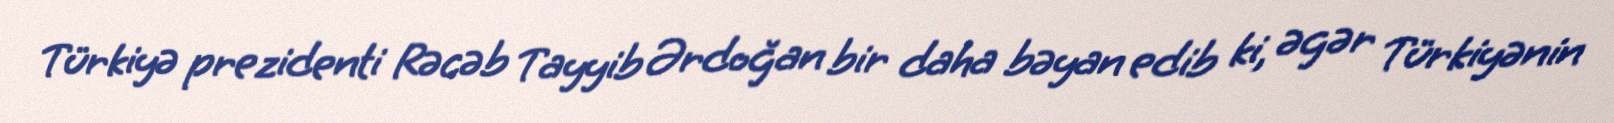
Türkiyə prezidenti Rəcəb Tayyib Ərdoğan bir daha bəyan edib ki, əgər Türkiyənin